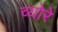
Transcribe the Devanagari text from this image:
व्योरे